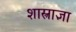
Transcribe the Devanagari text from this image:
शास्त्राज्ञा